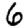
Digit: 6